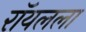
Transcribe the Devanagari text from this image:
रॉयलला